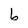
Character: b